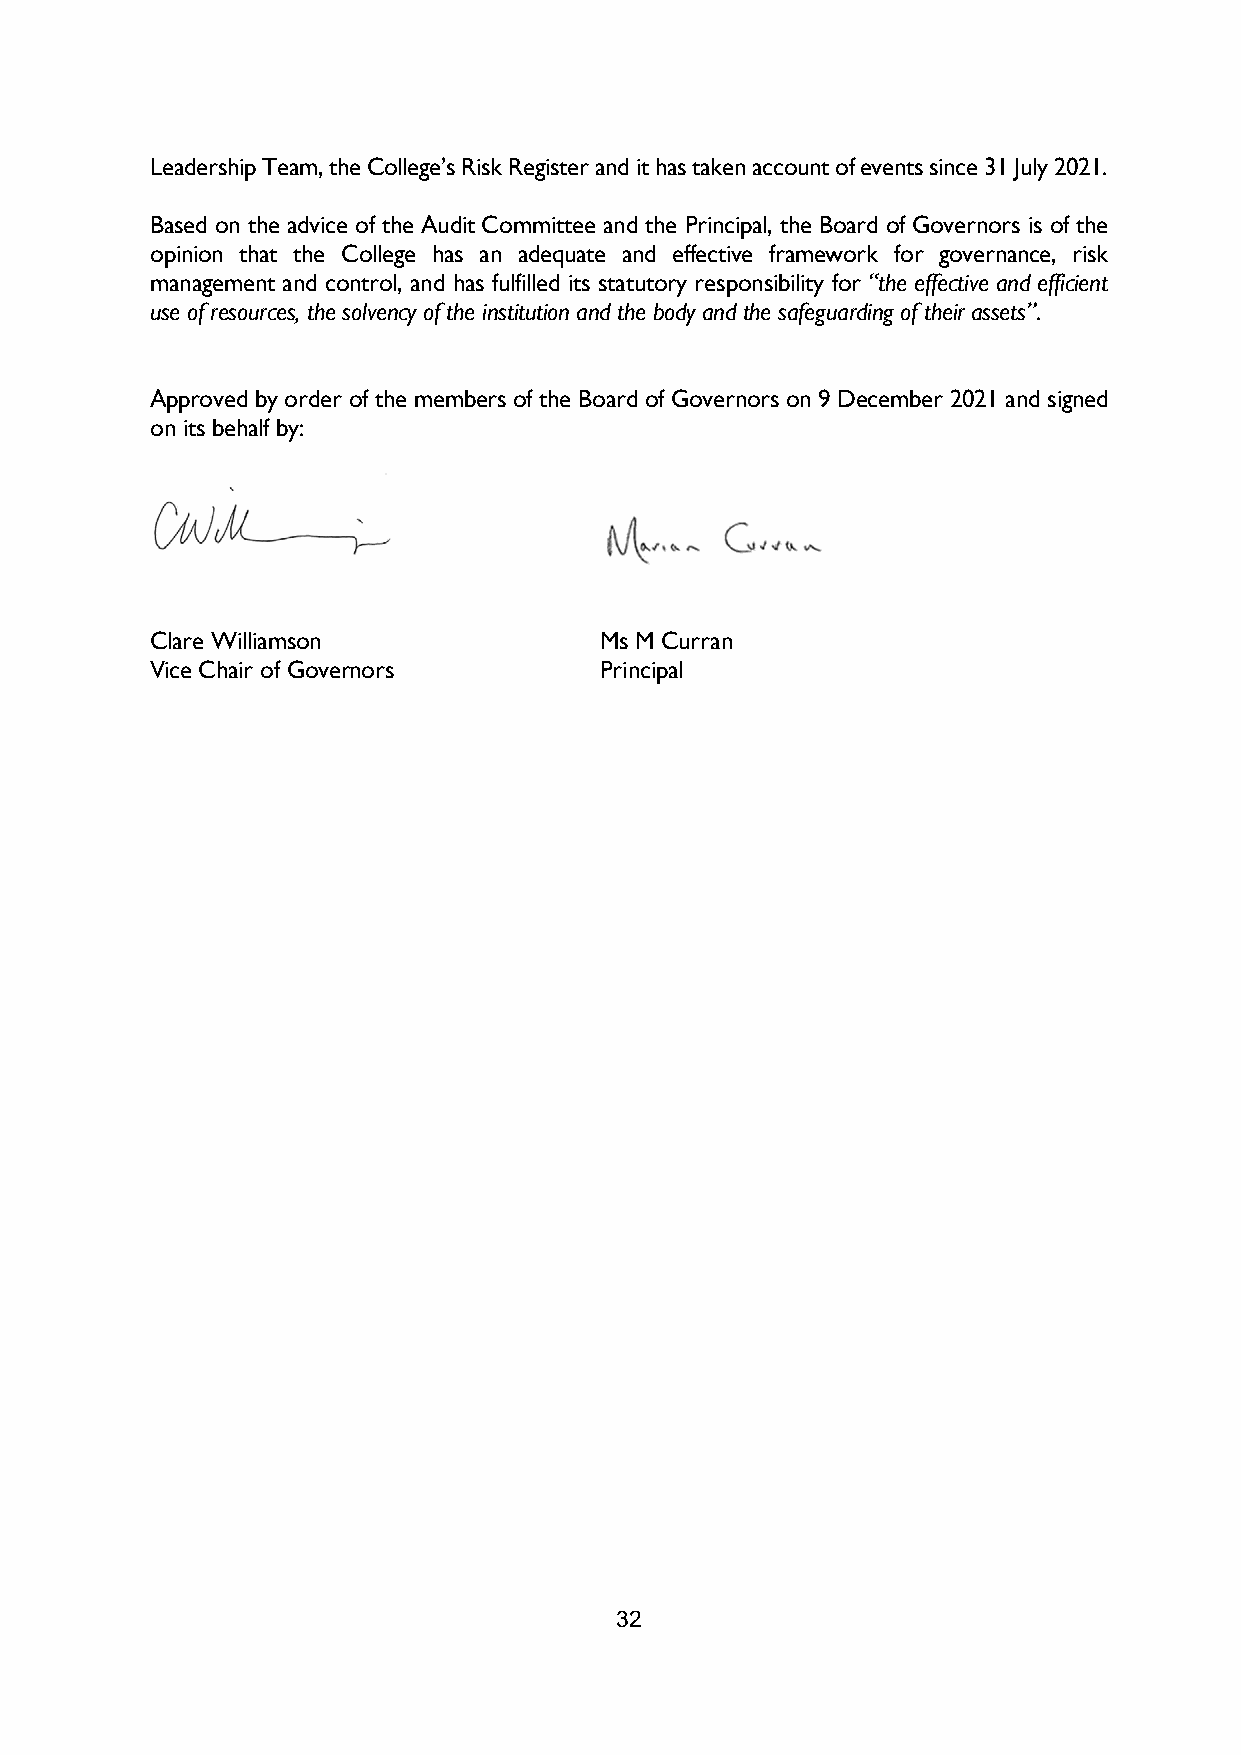
Leadership Team, the College’s Risk Register and it has taken account of events since 31 July 2021.
 Based on the advice of the Audit Committee and the Principal, the Board of Governors is of the
 opinion that the College has an adequate and effective framework for governance, risk
 management and control, and has fulfilled its statutory responsibility for “the effective and efficient
 use of resources, the solvency of the institution and the body and the safeguarding of their assets”.
 Approved by order of the members of the Board of Governors on 9 December 2021 and signed
 on its behalf by:
 Clare Williamson              Ms M Curran
 Vice Chair of Governors       Principal
 32